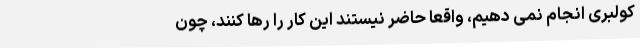
کولبری انجام نمی دهیم، واقعا حاضر نیستند این کار را رها کنند، چون